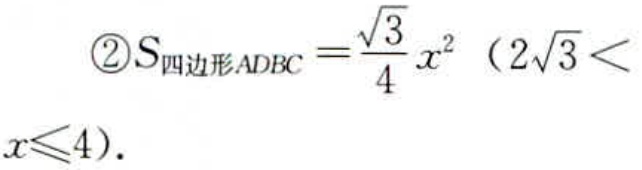
\(\textcircled{2}S_{四边形ADBC}=\frac{\sqrt{3}}{4}x^{2}（2\sqrt{3}<x\leqslant4）\)